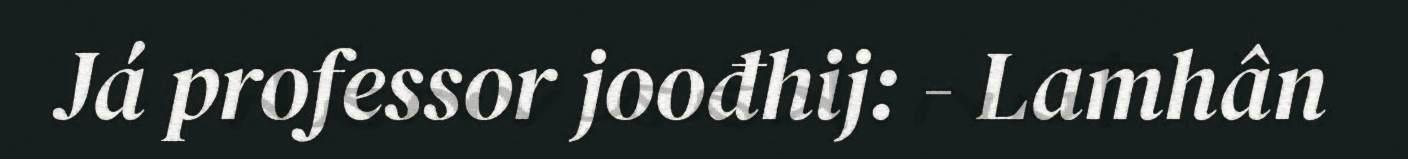
Já professor joođhij: - Lamhân